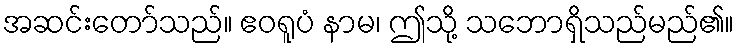
အဆင်းတော်သည်။ ဧဝရူပံ နာမ၊ ဤသို့ သဘောရှိသည်မည်၏။